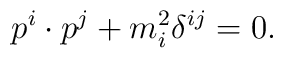
p^i\cdot p^j+ m_i^2 \delta^{ij}=0.